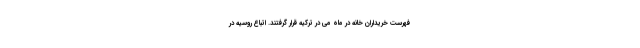
فهرست خریداران خانه در ماه می در ترکیه قرار گرفتند. اتباع روسیه در